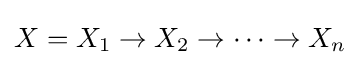
X=X_{1}\rightarrow X_{2}\rightarrow \cdots \rightarrow X_{n}